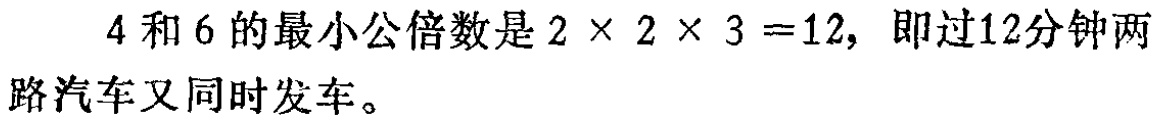
4和6的最小公倍数是\(2\times 2\times 3 =12\)，即过12分钟两路汽车又同时发车。